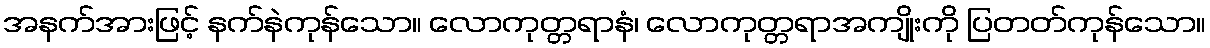
အနက်အားဖြင့် နက်နဲကုန်သော။ လောကုတ္တရာနံ၊ လောကုတ္တရာအကျိုးကို ပြတတ်ကုန်သော။